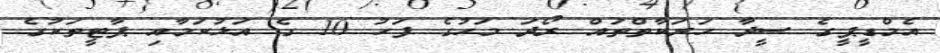
އެމްޑީޕީގެ ސީދާ ހަރަކާތްތައް ރޯދަ މަހުގެ ފަހު 10 ގެ އަޅުކަމާއި ޕާޓީތަކުގެ